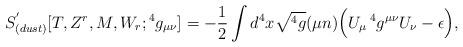
LaTeX: \begin{align*}S^{'}_{(dust)}[T,Z^r,M,W_r;{}^4g_{\mu\nu}]=-{1\over 2} \int d^4x\sqrt{{}^4g} (\mu n) \Big(U_{\mu}\, {}^4g^{\mu\nu} U_{\nu}-\epsilon \Big) ,\end{align*}